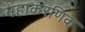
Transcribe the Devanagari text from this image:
महाकरणिक